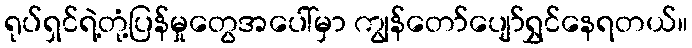
ရုပ်ရှင်ရဲ့တုံ့ပြန်မှုတွေအပေါ်မှာ ကျွန်တော်ပျော်ရွှင်နေရတယ်။